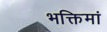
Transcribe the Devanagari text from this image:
भक्तिमां